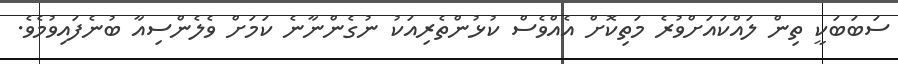
ސަބަބަކީ ތިން ލައްކައަށްވުރެ މަތިކޮށް އެއްވެސް ކުޅުންތެރިއަކު ނުގެންނާނެ ކަމަށް ވެލެންސިއާ ބުނެފައިވުމެވެ.